Vaccination in the Punjab 1905-1918 - 1905-1918
Year: 1905
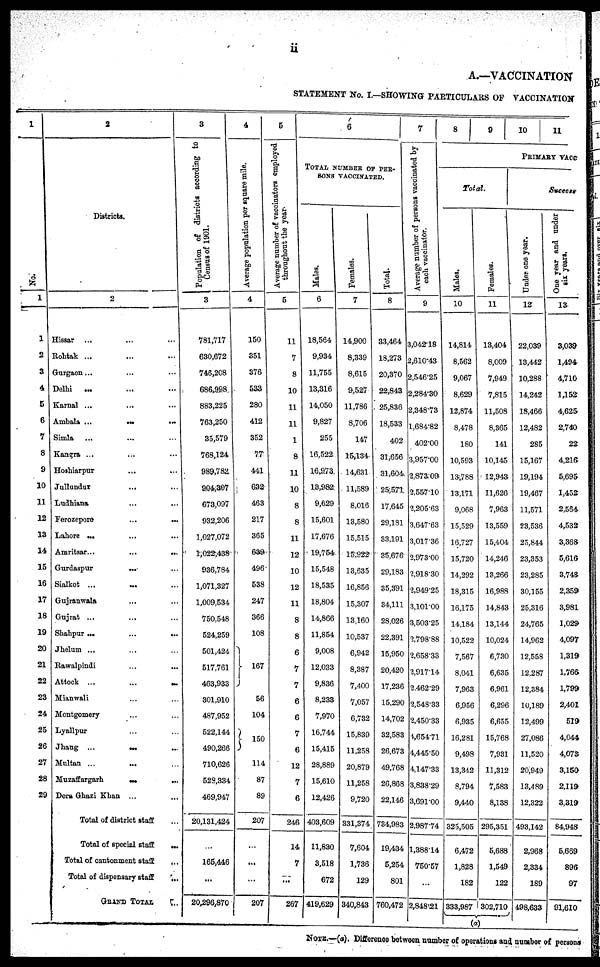
ii
A.—VACCINATION
STATEMENT No. I.—SHOWING PARTICULARS OF VACCINATION
1
No.
1
1
2
3
4
5
6
7
8
9
10
11
12
13
14
15
16
17
18
19
20
21
22
23
24
25
26
27
28
29
2
Districts.
2
Hissar ... ... ...
Rohtak ... ... ...
Gurgaon ... ... ...
Delhi
...
... ....
Karnal ... ... ...
Ambala ... ... ...
Simla ... ... ...
Kangra ... ... ...
Hoshiarpur... ... ...
Jullundur ... ... ...
Ludhiana... ... ...
Ferozepore... ... ...
Lahore ... ... ...
Amritsar...
...
...
Gurdaspur
... ...
Sialkot ... ...
...
Gujranwala... ... ...
Gujrat ... ... ...
Shahpur...
...
...
Jhelum ... ... ...
Rawalpindi... ... ...
Attock ...
... ...
Mianwali... ... ...
Montgomery... ... ...
Lyallpur... ... ...
Jhang ... ... ...
Multan ...
Muzaffargarh ... ... ...
Dera Ghazi Khan ... ... ...
Total of district staff...
Total of special staff
...
Total of cantonment staff
...
Total of dispensary staff
...
GRAND TOTAL ...
3
P opulation of districts according to
Census of 1901.
3
781,717
630,672
746,208
686,998
883,225
763,250
35,579
768,124
989,782
904,307
673,097
932,206
1,027,072
l,022,438
936,784
1,071,327
1,009,534
750,548
524,259
501,424
517,761
463,933
301,910
487,952
522,144
490,266
710,626
528,334
469,947
20,131,424
...
165,446
...
20,296,870
4
Average population per square mile.
4
150
351
376
533
280
412
352
77
441
632
463
217
365
639
496
538
247
366
108
167
56
104
150
114
87
89
207
...
...
...
207
5
Average number of vaccinators employed
throughout the year.
5
11
7
8
10
11
11
1
8
11
10
8
8
11
12
10
12
11
8
8
6
7
7
6
6
7
6
12
7
6
246
14
7
...
267
6
TOTAL NUMBER OF PER-
SONS VACCINATED.
Males.
6
18,564
9,934
11,755
13,316
14,050
9,827
255
16,522
16,973
13,982
9,629
15,601
17,676
19,754
15,548
18,535
18,804
14,866
11,854
9,008
12,033
9,836
8,233
7,970
16,744
15,415
28,889
15,610
12,426
403,609
11,830
3,518
672
419,629
Females.
7
14,900
8,339
8,615
9,527
11,786
8,706
147
15,134
14,631
11,589
8,016
13,580
15,515
15,922
13,635
16,856
15,307
13,160
10,537
6,942
8,387
7,400
7,057
6,732
15,839
11,258
20,879
11,258
9,720
331,374
7,604
1,736
129
340,843
Total.
8
33,464
18,273
20,370
22,843
25,836
18,533
402
31,656
31,604
25,571
17,645
29,181
33,191
35,676
29,183
35,391
34,111
28,026
22,391
15,950
20,420
17,236
15,290
14,702
32,583
26,673
49,768
26,868
22,146
734,983
19,434
5,254
801
760,472
7
Average number of persons vaccinated by
each vaccinator.
9
3,042.18
2,610.43
2,546.25
2,284.30
2,348.73
1,684.82
402.00
3,957.00
2,873.09
2,557.10
2,205.63
3,647.63
3,017.36
2,973.00
2,918.30
2,949.25
3,101.00
3,503.25
2,798.88
2,658.33
2,917.14
2,462.29
2,548.33
2,450.33
4,654.71
4,445.50
4,147.33
3,838.29
3,691.00
2,987.74
1,388.14
750.57
...
2,848.21
8
9
10
11
PRIMARY VACC
Total.
Males.
10
14,814
8,562
9,067
8,629
12,874
8,478
180
10,593
13,788
13,171
9,068
15,529
16,727
15,720
14,292
18,315
16,175
14,184
10,522
7,567
8,041
7,963
6,956
6,935
16,281
9,498
13,342
8,794
9,440
325,505
6,472
1,828
182
333,987
Females.
11
13,404
8,009
7,949
7,815
11,508
8,365
141
10,145
12,943
11,626
7,963
13,559
15,404
14,246
13,266
16,988
14,843
13,144
10,024
6,730
6,635
6,961
6,296
6,655
15,768
7,931
11,312
7,583
8,138
295,351
5,688
1,549
122
302,710
(a)
Success
Under one year.
12
22,039
13,442
10,288
14,242
18,466
12,482
285
15,167
19,194
19,467
11,571
23,536
25,844
23,353
23,285
30,155
25,316
24,765
14,962
12,558
12,287
12,384
10,189
12,499
27,086
11,520
20,949
13,489
12,322
493,142
2,968
2,334
189
498,633
One year and under
six years.
13
3,039
1,494
4,710
1,152
4,625
2,740
22
4,216
5,695
1,452
2,564
4,532
3,368
5,616
3,748
2,359
3,981
1,029
4,097
1,319
1,766
1,799
2,401
519
4,044
4,073
3,150
2,119
3,319
84,948
5,669
896
97
91,610
NOTE.—(a). Difference between number of operations and number of persons